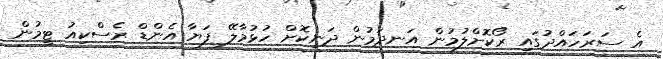
އެ ސަރަހައްދުގައި ރޯކޮށްލުމުން އަނދަމުން ދަނިކޮށް ހުޅުމާލޭ ފަޔާ އެންޑް ރެސްކިއު ޓީމުން